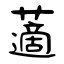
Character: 藡